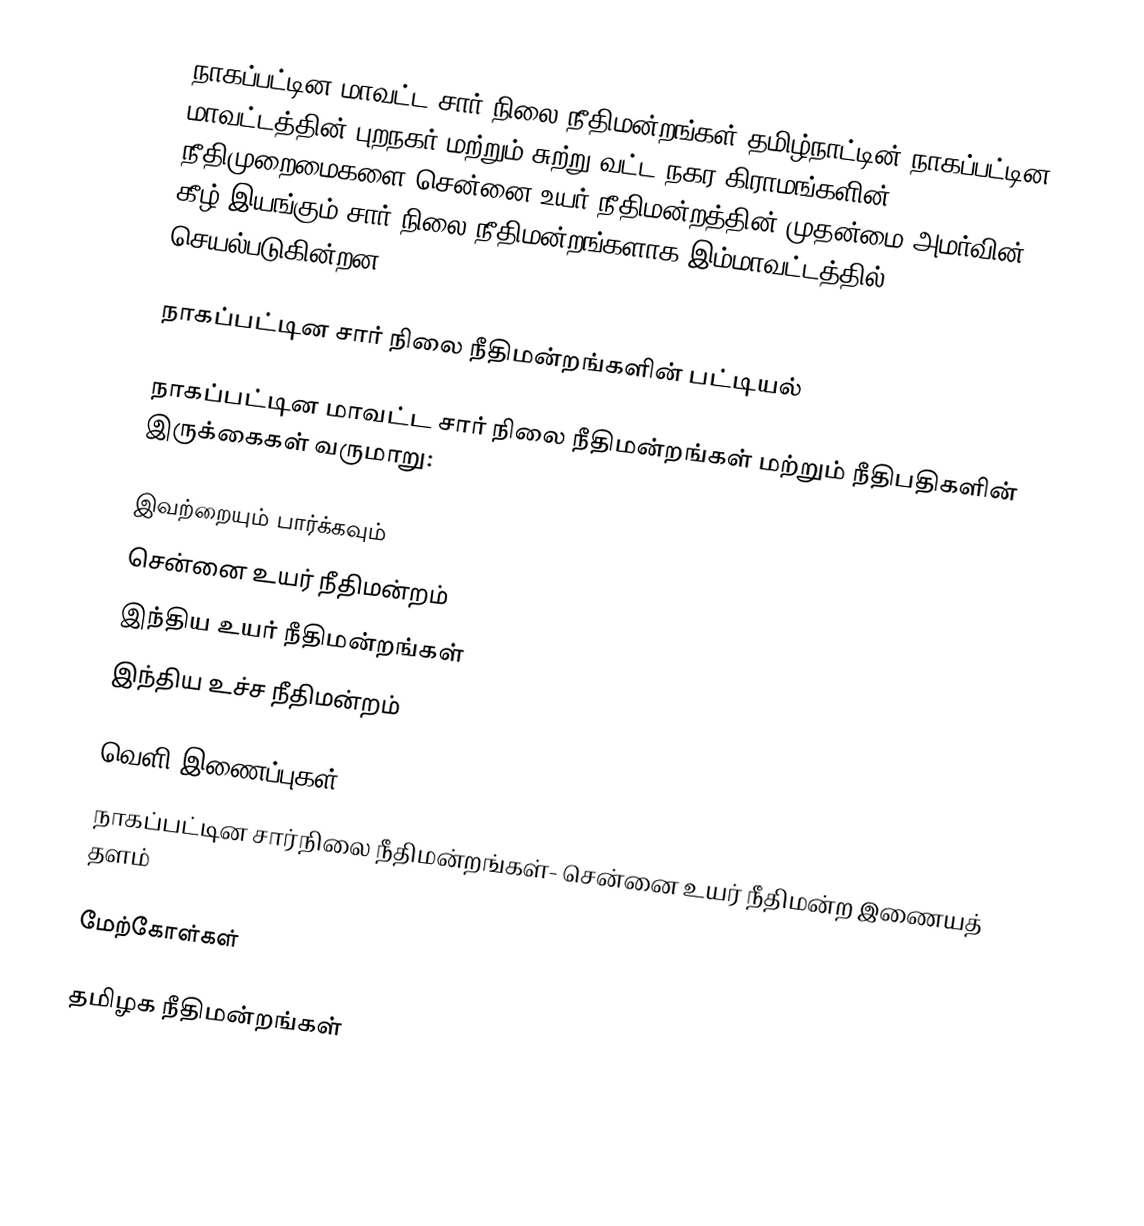
நாகப்பட்டின மாவட்ட சார் நிலை நீதிமன்றங்கள் தமிழ்நாட்டின் நாகப்பட்டின மாவட்டத்தின் புறநகர் மற்றும் சுற்று வட்ட நகர கிராமங்களின் நீதிமுறைமைகளை சென்னை உயர் நீதிமன்றத்தின் முதன்மை அமர்வின் கீழ் இயங்கும் சார் நிலை நீதிமன்றங்களாக இம்மாவட்டத்தில் செயல்படுகின்றன.

நாகப்பட்டின சார் நிலை நீதிமன்றங்களின் பட்டியல்

நாகப்பட்டின மாவட்ட சார் நிலை நீதிமன்றங்கள் மற்றும் நீதிபதிகளின் இருக்கைகள் வருமாறு:

இவற்றையும் பார்க்கவும்
சென்னை உயர் நீதிமன்றம்
இந்திய உயர் நீதிமன்றங்கள்
இந்திய உச்ச நீதிமன்றம்

வெளி இணைப்புகள்
நாகப்பட்டின சார்நிலை நீதிமன்றங்கள்- சென்னை உயர் நீதிமன்ற இணையத் தளம்

மேற்கோள்கள்

தமிழக நீதிமன்றங்கள்